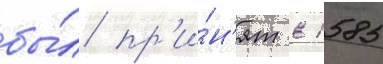
бы́л пр'и́н'ят в 1585